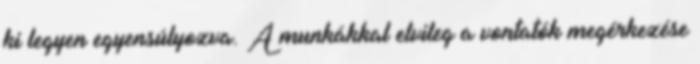
ki legyen egyensúlyozva. A munkákkal elvileg a vontatók megérkezése